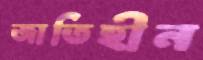
জাতিহীন